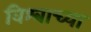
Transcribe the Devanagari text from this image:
विश्‍वाच्‍या